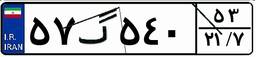
۹۵گ۸۸۱۷۳